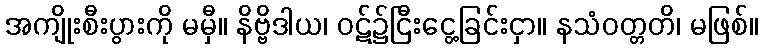
အကျိုးစီးပွားကို မမှီ။ နိဗ္ဗိဒါယ၊ ဝဋ်၌ငြီးငွေ့ခြင်းငှာ။ နသံဝတ္တတိ၊ မဖြစ်။